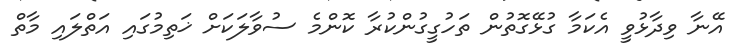
އޭނާ ވިދާޅުވީ އެކަމާ ގުޅޭގޮތުން ތަހުގީގުންކުރާ ކޮންމެ ސުވާލަކަށް ޚަތިމުގައި އަތްލައި މާތް